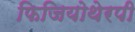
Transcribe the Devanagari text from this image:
फिजियोथेरपी